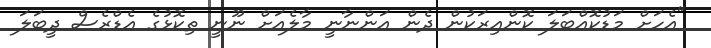
"އެހަށް މަޑުކޮއްބަލަ ކޮންއިރަކުން ދެން އަންނާނީ މާލެއަށް ނޫނީ ތިކޮޅުގެ އެޑްރެސް ދީބަލަ